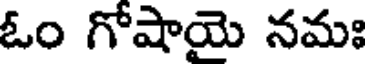
ఓం గోషాయె నమః